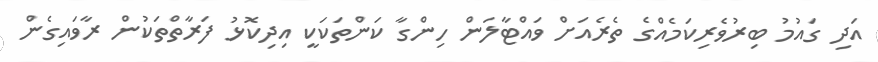
އަދި ގައުމު ބިރުވެރިކަމެއްގެ ތެރެއަށް ވައްޓާލަން ހިންގާ ކަންތަކަކީ އިދިކޮޅު ފަރާތްތަކުން ރާވައިގެން